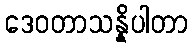
ဒေဝတာသန္နိပါတာ